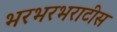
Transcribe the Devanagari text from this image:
भरभरभराटीस